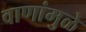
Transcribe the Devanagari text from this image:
वाणांमुळे